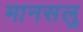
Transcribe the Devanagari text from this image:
मानसलु